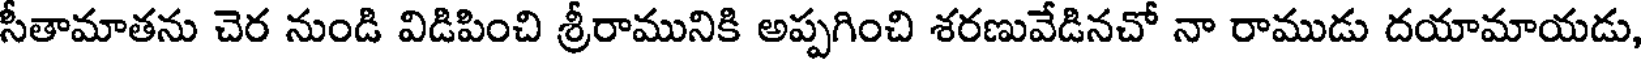
సీతామాతను చెర నుండి విడిపించి శ్రీరామునికి అప్పగించి శరణువేడినచో నా రాముడు దయామాయడు,